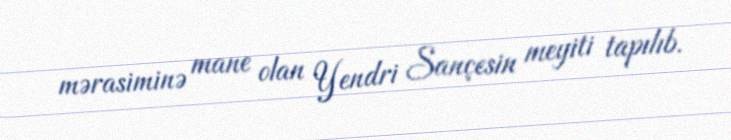
mərasiminə mane olan Yendri Sançesin meyiti tapılıb.